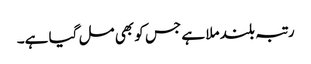
رتبہ بلند ملا ہے جس کو بھی مل گیا ہے۔